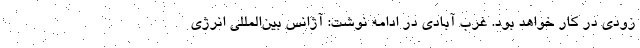
زودی در کار خواهد بود. غرب آبادی در ادامه نوشت: آژانس بین‌المللی انرژی